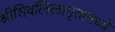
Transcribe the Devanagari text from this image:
श्रीशिवलिलामृतामध्ये